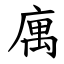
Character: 庽